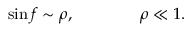
\sin f \sim \rho , \qquad \qquad \rho \ll 1 .